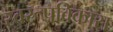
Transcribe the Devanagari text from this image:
स्वरूपविकास